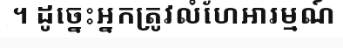
។ ដូច្នេះអ្នកត្រូវលំហែអារម្មណ៍